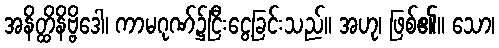
အနိတ္ထိနိဗ္ဗိဒေါ၊ ကာမဂုဏ်၌ငြီးငွေ့ခြင်းသည်။ အဟု၊ ဖြစ်၏။ သော၊